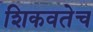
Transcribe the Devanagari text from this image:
शिकवतेच